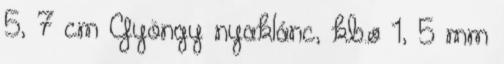
5, 7 cm Gyöngy nyaklánc, kb.ø 1, 5 mm